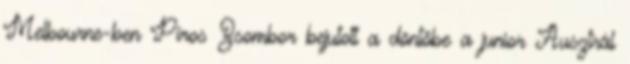
Melbourne-ben Piros Zsombor bejutott a döntőbe a junior Ausztrál